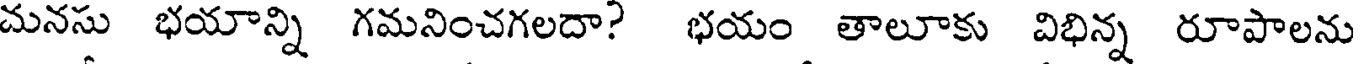
చునసు భయాన్ని గమనించగలదా? భయం తాలూకు విభిన్న రూపాలను